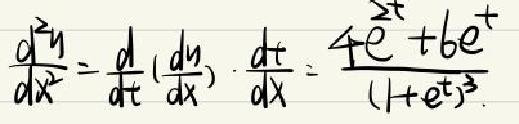
\[\frac{d^{2}y}{dx^{2}}=\frac{d}{dt}(\frac{dy}{dx})\cdot\frac{dt}{dx}=\frac{4e^{2t}+6e^{t}}{(1 + e^{t})^{3}}\]